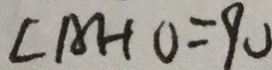
\angle A H O = 9 0